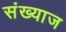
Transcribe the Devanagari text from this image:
संख्याज